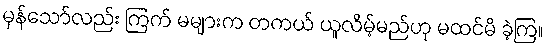
မှန်သော်လည်း ကြက် မများက တကယ် ယူလိမ့်မည်ဟု မထင်မိ ခဲ့ကြ။